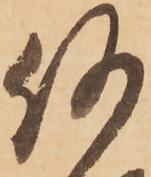
何